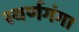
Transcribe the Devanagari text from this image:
स्वर्णगंगा